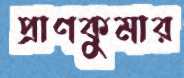
প্রাণকুমার